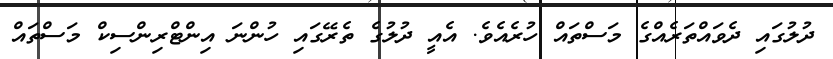
ދުލުގައި ދެވައްތަރެއްގެ މަސްތައް ހުރެއެވެ. އެއީ ދުލުގެ ތެރޭގައި ހުންނަ އިންޓްރިންސިކް މަސްތައް